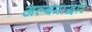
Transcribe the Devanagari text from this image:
अल्बमाद्वारे